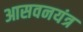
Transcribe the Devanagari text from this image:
आसवनयंत्र